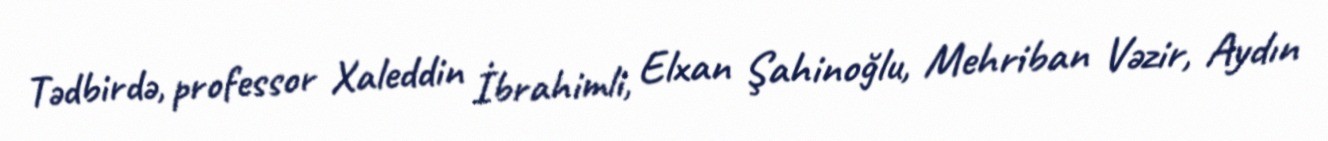
Tədbirdə, professor Xaleddin İbrahimli, Elxan Şahinoğlu, Mehriban Vəzir, Aydın